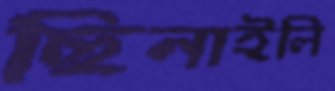
ছিনাইলি